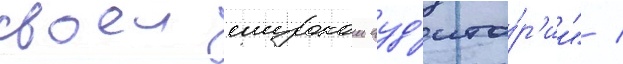
своеи широкои ауд'ито́р'ии" /